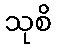
သုစိ